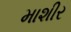
માશીર